Leaving Certificate Examination, 1913
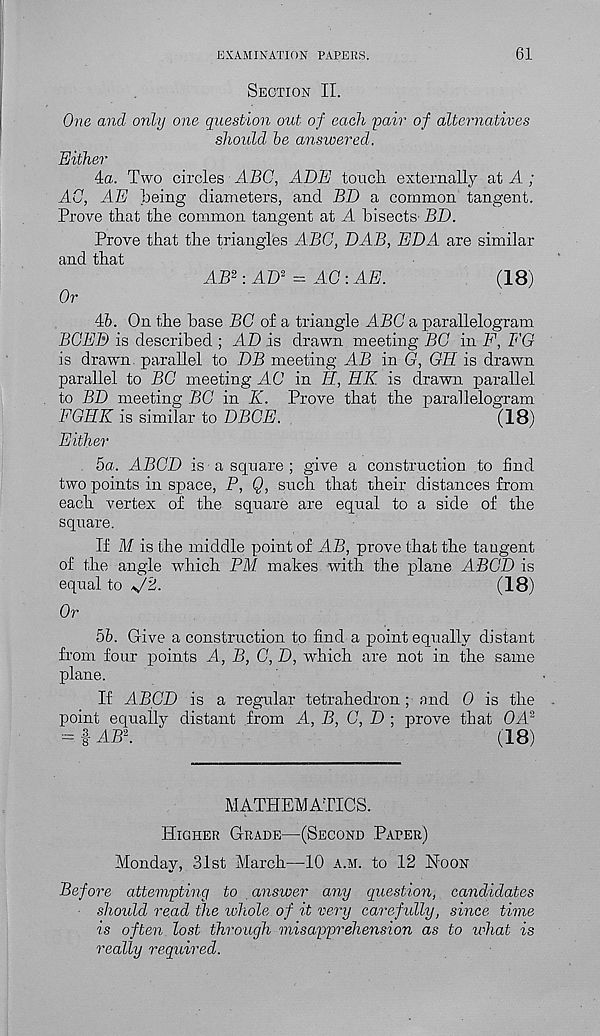
EXAMINATION PAPERS.
61
Section II.
One and only one question out of each pair of alternatives
should be answered.
Either
4a. Two circles ABC, ADE touch externally at A ;
AC, AE being diameters, and BD a common tangent.
Prove that the common tangent at A bisects BD.
Prove that the triangles ABC, DAB, EDA are similar
and that
AB 2 : AD 2 = AC : AE.
(18)
Or
4Z>. On the base BC o£ a triangle ABC a parallelogram
BCED is described ; AD is drawn meeting BC in F, EG
is drawn parallel to DB meeting AB in G, GH is drawn
parallel to BC meeting AC in H, HK is drawn parallel
to BD meeting BC in K. Prove that the parallelogram
FGHK is similar to DBGE.
(18)
Either
5a. ABCD is a square ; give a construction to find
two points in space, P, Q, such that their distances from
each vertex of the square are equal to a side of the
square.
If M is the middle point of AB, prove that the taugent
of the angle which PM makes with the plane ABCD is
equal to */2.
(18)
Or
5b. Give a construction to find a point equally distant
from four points A, B, C, D, which are not in the same
plane.
If ABCD is a regular tetrahedron; and 0 is the
point equally distant from A, B, C, D ; prove that Chi 2
= f AB 2 .
(18)
MATHEMATICS.
Higher Grade—(Second Paper)
Monday, 31st March—10 a.m. to 12 Noon
Before attempting to answer any question, candidates
should re.ad the xoliole of it very carefully, since time
is often lost through misapprehension as to what is
really required.